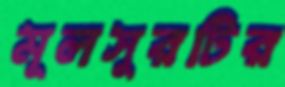
মূলসুরটির